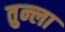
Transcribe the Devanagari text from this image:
तुन्ला